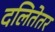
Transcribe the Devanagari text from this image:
दलितेतर